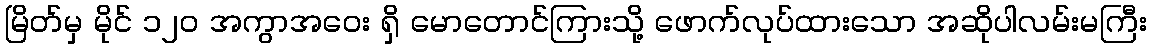
မြိတ်မှ မိုင် ၁၂၀ အကွာအဝေး ရှိ မောတောင်ကြားသို့ ဖောက်လုပ်ထားသော အဆိုပါလမ်းမကြီး